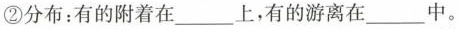
②分布：有的附着在___上，有的游离在___中。